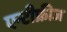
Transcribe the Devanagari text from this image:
एन्टीफ्रीज